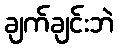
ချက်ချင်းဘဲ